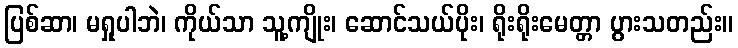
ပြစ်ဆာ၊ မရှုပါဘဲ၊ ကိုယ်သာ သူ့ကျိုး၊ ဆောင်သယ်ပိုး၊ ရိုးရိုးမေတ္တာ ပွားသတည်း။